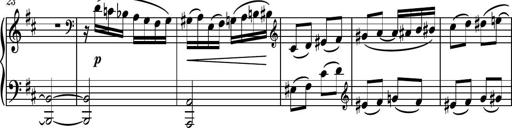
Title: Piano Sonatina No.4
Composer: Dimitri Sykias
Key: D major